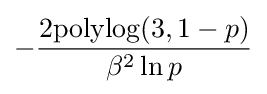
-{\frac {2{\text{polylog}}(3,1-p)}{\beta ^{2}\ln p}}